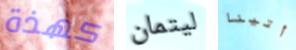
كهذة ليتمان أتينا